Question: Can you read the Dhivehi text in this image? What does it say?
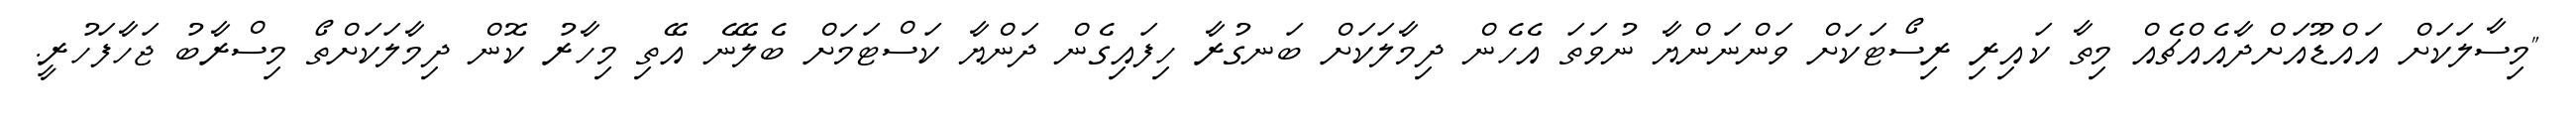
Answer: "މިސާލަކަށް އައްޑޫއަށްދާއެއްޗެއް މިތާ ކައިރި ރިސޯޓަކަށް ވަންނަންޔާ ނުވަތަ އެހެން ދިމާލަކަށް ބަނގުރާ ހިފައިގެން ދަންޔާ ކަސްޓަމަށް ބެލޭނެ އޭތި މިހާރު ކޮން ދިމާލަކަށްތޯ މިސްރާބު ޖަހާފަހުރީ.